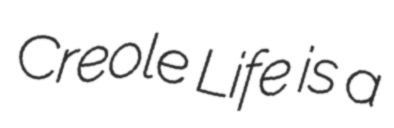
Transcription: Creole Life is a